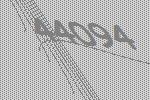
44094